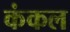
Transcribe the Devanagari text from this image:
कंकल